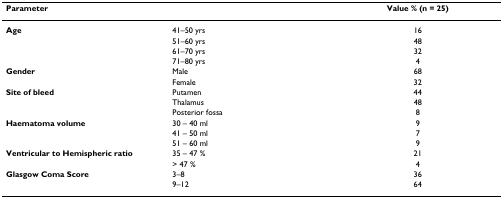
<table><thead><tr><td colspan="2"><b>Parameter</b></td><td><b>Value % (n = 25)</b></td></tr></thead><tbody><tr><td><b>Age</b></td><td>41–50 yrs</td><td>16</td></tr><tr><td></td><td>51–60 yrs</td><td>48</td></tr><tr><td></td><td>61–70 yrs</td><td>32</td></tr><tr><td></td><td>71–80 yrs</td><td>4</td></tr><tr><td><b>Gender</b></td><td>Male</td><td>68</td></tr><tr><td></td><td>Female</td><td>32</td></tr><tr><td><b>Site of bleed</b></td><td>Putamen</td><td>44</td></tr><tr><td></td><td>Thalamus</td><td>48</td></tr><tr><td></td><td>Posterior fossa</td><td>8</td></tr><tr><td><b>Haematoma volume</b></td><td>30 – 40 ml</td><td>9</td></tr><tr><td></td><td>41 – 50 ml</td><td>7</td></tr><tr><td></td><td>51 – 60 ml</td><td>9</td></tr><tr><td><b>Ventricular to Hemispheric ratio</b></td><td>35 – 47 %</td><td>21</td></tr><tr><td></td><td>&gt; 47 %</td><td>4</td></tr><tr><td><b>Glasgow Coma Score</b></td><td>3–8</td><td>36</td></tr><tr><td></td><td>9–12</td><td>64</td></tr></tbody></table>